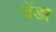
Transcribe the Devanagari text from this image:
जेंडा